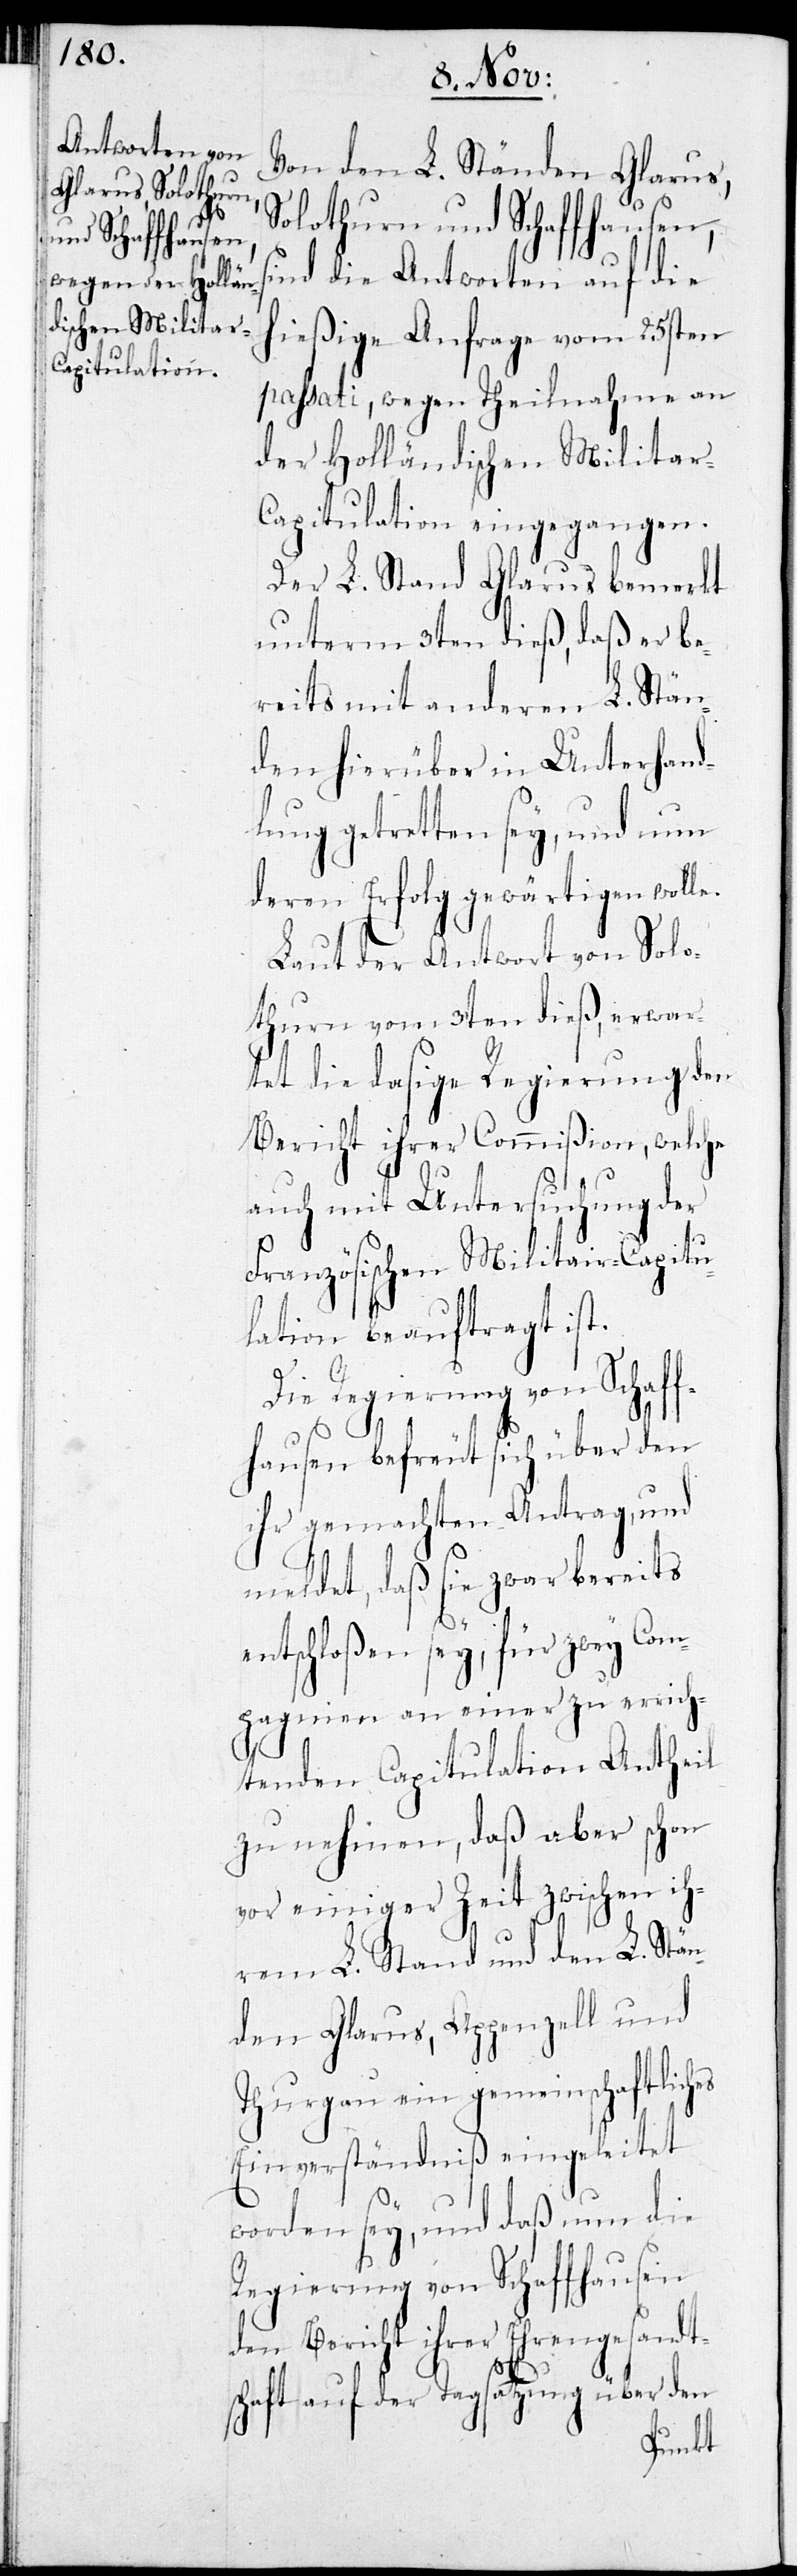
Von den L. Ständen Glarus,
Solothurn und Schaffhausen,
ind die Antworten auf die
hießige Anfrage vom 25sten
passati, wegen Theilnahme an
der Holländischen Militar-C¬
apitulation eingegangen.
Der L. Stand Glarus bemerkt
unterm 3ten dieß, daß er be¬
reits mit anderen L. Stän¬
den hierüber in Unterhand¬
lung getretten sey, und nun
deren Erfolg gewärtigen wolle.
Laut der Antwort von Solo¬
thurn vom 3ten dieß, erwart¬
et die dasige Regierung den
Bericht ihrer Commißion, welche
auch mit Untersuchung der
Französischen Militar-Capitu¬
lation beauftragt ist.
Die Regierung von Schaff¬
hausen befreut sich über den
ihr gemachten Antrag, und
meldet, daß sie zwar bereits
entschloßen sey, für zwey Com¬
pagnien an einer zu errich¬
s¬
tenden Capitulation Antheil
zu nehmen, daß aber schon
vor einiger Zeit zwischen ih¬
rem L. Stand und den L. Stän¬
den Glarus, Appenzell und
Thurgau ein gemeinschaftliches
Einverständniß eingeleitet
worden sey, und daß nun die
Regierung von Schaffhausen
den Bericht ihrer Ehrengesandts¬
chaft auf der Tagsatzung über den